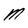
Character: M